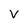
Character: V